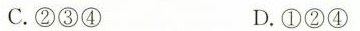
C. ②③④ D. ①②④